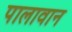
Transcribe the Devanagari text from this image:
पालावान